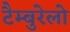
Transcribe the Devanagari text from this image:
टैम्बुरेलो